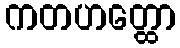
ကတဟတ္ထော